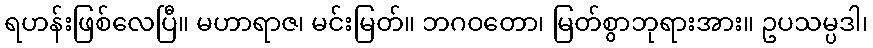
ရဟန်းဖြစ်လေပြီ။ မဟာရာဇ၊ မင်းမြတ်။ ဘဂဝတော၊ မြတ်စွာဘုရားအား။ ဥပသမ္ပဒါ၊